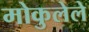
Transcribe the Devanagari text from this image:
मोकुलेले